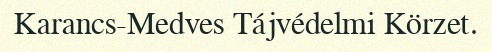
Karancs-Medves Tájvédelmi Körzet.